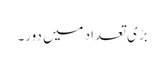
بڑی تعداد میں دور۔